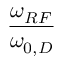
\frac { \omega _ { R F } } { \omega _ { 0 , D } }